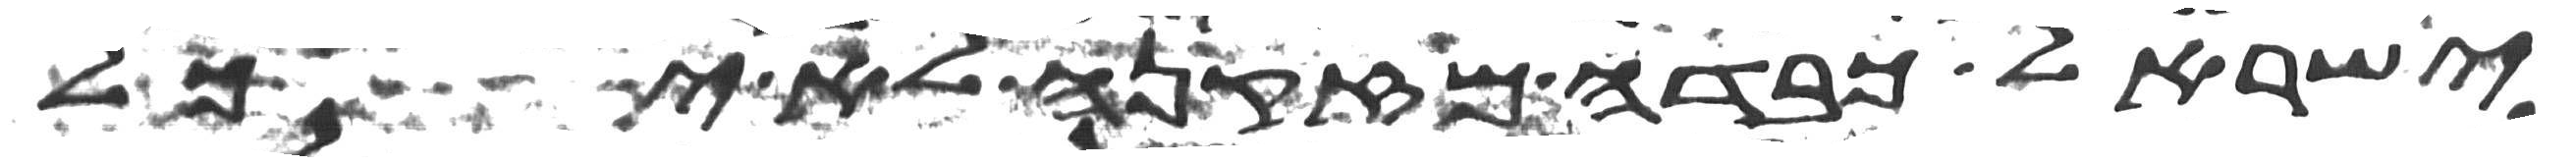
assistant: ישראל כבדה מזקנה לא יכל